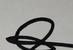
Signature authenticity: genuine